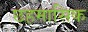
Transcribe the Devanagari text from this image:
छहमासिक